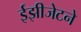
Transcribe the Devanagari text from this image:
ईझीजेटने